Civil Veterinary Department Bihar reports 1936-40 - 1936-1940
Year: 1936
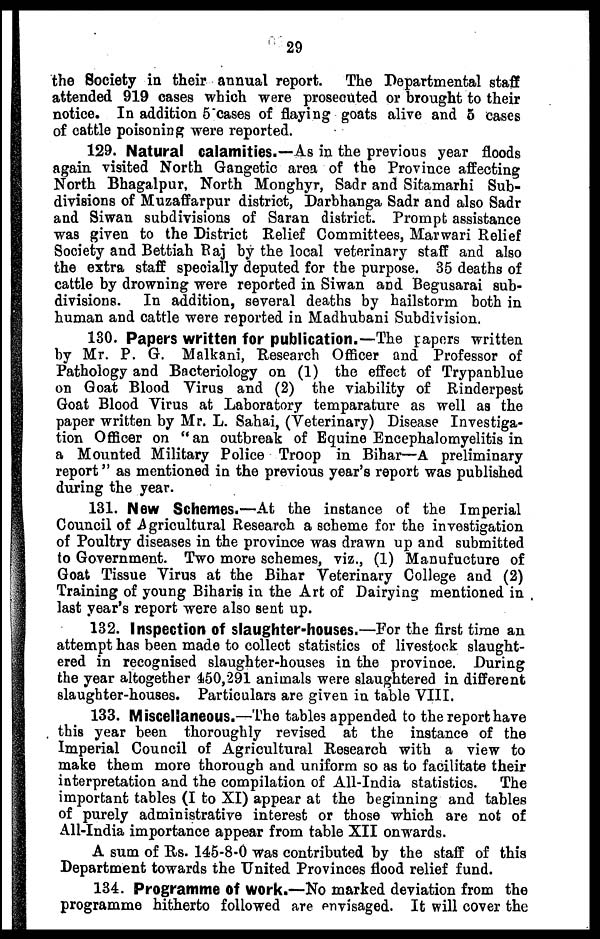
29
the Society in their annual report. The Departmental staff
attended 919 cases which were prosecuted or brought to their
notice. In addition 5 cases of flaying goats alive and 5 cases
of cattle poisoning were reported.
129. Natural calamities.—As in the previous year floods
again visited North Gangetic area of the Province affecting
North Bhagalpur, North Monghyr, Sadr and Sitamarhi Sub-
divisions of Muzaffarpur district, Darbhanga Sadr and also Sadr
and Siwan subdivisions of Saran district. Prompt assistance
was given to the District Relief Committees, Marwari Relief
Society and Bettiah Raj by the local veterinary staff and also
the extra staff specially deputed for the purpose. 35 deaths of
cattle by drowning were reported in Siwan and Begusarai sub-
divisions. In addition, several deaths by hailstorm both in
human and cattle were reported in Madhubani Subdivision.
130. Papers written for publication.—The papers written
by Mr. P. G. Malkani, Research Officer and Professor of
Pathology and Bacteriology on (1) the effect of Trypanblue
on Goat Blood Virus and (2) the viability of Rinderpest
Goat Blood Virus at Laboratory temparature as well as the
paper written by Mr. L. Sahai, (Veterinary) Disease Investiga-
tion Officer on "an outbreak of Equine Encephalomyelitis in
a Mounted Military Police Troop in Bihar—A preliminary
report" as mentioned in the previous year's report was published
during the year.
131. New Schemes.—At the instance of the Imperial
Council of Agricultural Research a scheme for the investigation
of Poultry diseases in the province was drawn up and submitted
to Government. Two more schemes, viz., (1) Manufucture of
Goat Tissue Virus at the Bihar Veterinary College and (2)
Training of young Biharis in the Art of Dairying mentioned in
last year's report were also sent up.
132. Inspection of slaughter-houses.—For the first time an
attempt has been made to collect statistics of livestock slaught-
ered in recognised slaughter-houses in the province. During
the year altogether 450,291 animals were slaughtered in different
slaughter-houses. Particulars are given in table VIII.
133. Miscellaneous.—The table3 appended to the report have
this year been thoroughly revised at the instance of the
Imperial Council of Agricultural Research with a view to
make them more thorough and uniform so as to facilitate their
interpretation and the compilation of All-India statistics. The
important tables (I to XI) appear at the beginning and tables
of purely administrative interest or those which are not of
All-India importance appear from table XII onwards.
A sum of Rs. 145-8-0 was contributed by the staff of this
Department towards the United Provinces flood relief fund.
134. Programme of work.—No marked deviation from the
programme hitherto followed are envisaged. It will cover the